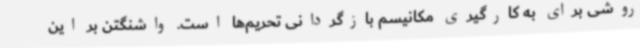
روشی برای به کارگیری مکانیسم بازگردانی تحریم‌ها است. واشنگتن بر این